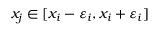
x _ { j } \in [ x _ { i } - \varepsilon _ { i } , x _ { i } + \varepsilon _ { i } ]